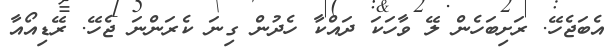
އެބަޖެހޭ. ރަށިބަހެން ލޭ ވާހަކަ ދައްކާ ހެދުން ގިނަ ކެރަންނަ ޖެހޭ. ރޭޑިއޯއާ